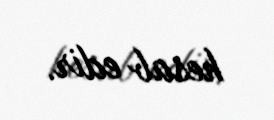
hesab edir.